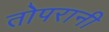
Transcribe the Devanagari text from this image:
तोपरानी